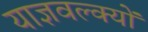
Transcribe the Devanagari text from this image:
याज्ञवल्क्यों